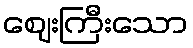
ဈေးကြီးသော